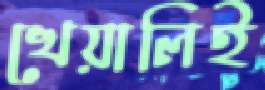
খেয়ালিই